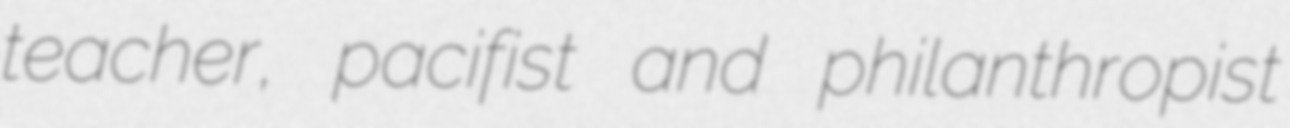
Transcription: teacher, pacifist and philanthropist